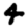
Digit: 4